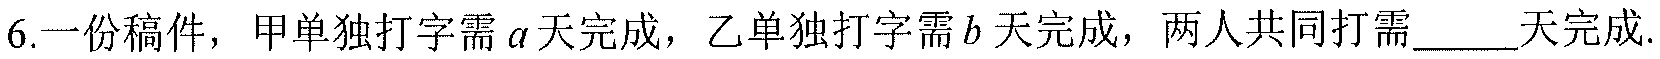
6.一份稿件，甲单独打字需\(a\)天完成，乙单独打字需\(b\)天完成，两人共同打需  \_\_\_天完成.